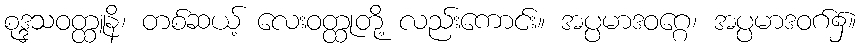
စုဒ္ဒသဝတ္ထူနိ၊ တစ်ဆယ့် လေးဝတ္ထုတို့ လည်းကောင်း။ အပ္ပမာဒဝဂ္ဂေ၊ အပ္ပမာဒဝဂ်၌။